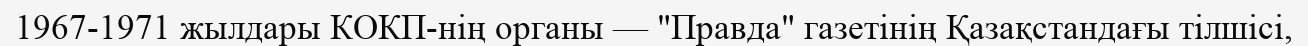
1967-1971 жылдары КОКП-нің органы — "Правда" газетінің Қазақстандағы тілшісі,